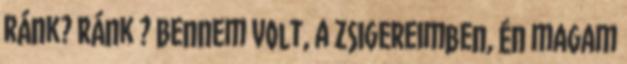
ránk? Ránk ? Bennem volt, a zsigereimben, én magam